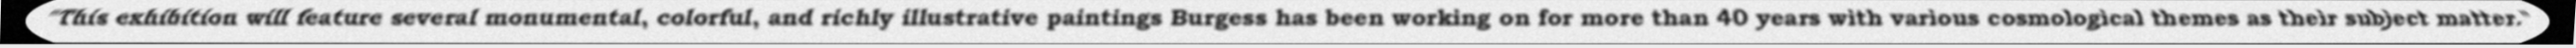
"This exhibition will feature several monumental, colorful, and richly illustrative paintings Burgess has been working on for more than 40 years with various cosmological themes as their subject matter."